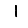
Digit: 1